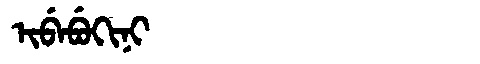
Manchu: ᡳᠪᡝᠪᡠᡴᡳᠨᡳ
Romanization: IBEBUKINI